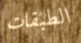
الطبقات